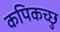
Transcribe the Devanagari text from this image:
कपिकच्छु